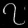
Digit: ၇